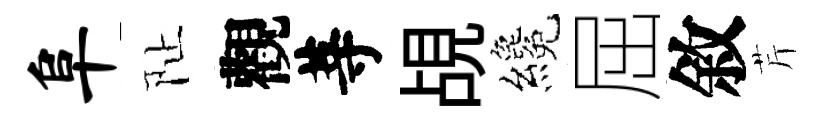
阜阯觀䓁覘纔屈敘芹